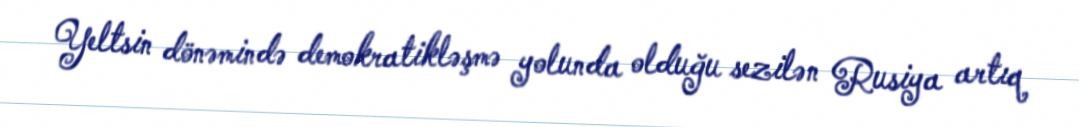
Yeltsin dönəmində demokratikləşmə yolunda olduğu sezilən Rusiya artıq